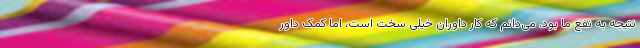
نتیجه به نفع ما بود. می‌دانم که کار داوران خیلی سخت است، اما کمک داور